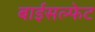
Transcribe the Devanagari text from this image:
बाईसल्फेट